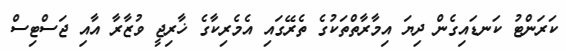
ކަރަންޓު ކަނޑައިގެން ދިޔަ އިމާރާތްތަކުގެ ތެރޭގައި އެމެރިކާގެ ޚާރިޖީ ވުޒާރާ އާއި ޖަސްޓިސް